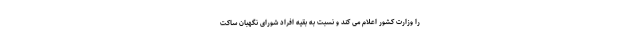
را وزارت کشور اعلام می کند و نسبت به بقیه افراد شورای نگهبان ساکت